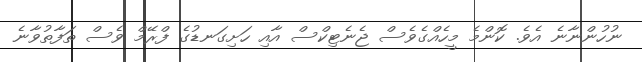
ނުހުންނާނެ އެވެ. ކޮންމެ މީހެއްގެވެސް ޖެނެޓިކްސް އާއި ހަށިގަނޑުގެ ފްރޭމް ވެސް ތަފާތުވާނެ